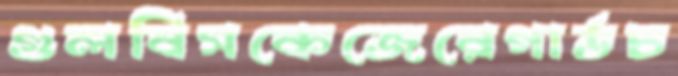
গুলবিসকেজেরেগার্ডচ